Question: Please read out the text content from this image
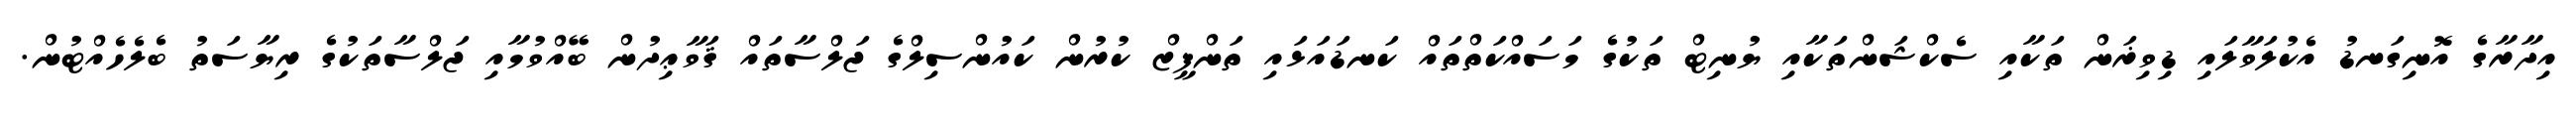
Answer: އިދާރާގެ އޮނިގަނޑު އެކުލަވާލައި ޑިވިޜަން ތަކާއި ސެކްޝަންތަކާއި ޔުނިޓް ތަކުގެ މަސައްކަތްތައް ކަނޑައަޅައި ތަންފީޒް ކުރުން ކައުންސިލްގެ ޖަލްސާތައް ޤަވާޢިދުން ބޭއްވުމާއި ޖަލްސާތަކުގެ ރިޔާސަތު ބެލެހެއްޓުން.